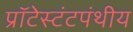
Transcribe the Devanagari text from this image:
प्रॉटेस्टंटपंथीय